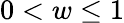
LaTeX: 0<w\le 1